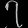
Digit: ၇